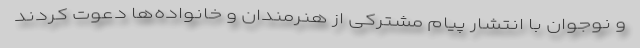
و نوجوان با انتشار پیام مشترکی از هنرمندان و خانواده‌ها دعوت کردند